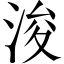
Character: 浚